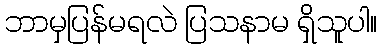
ဘာမှပြန်မရလဲ ပြသနာမ ရှိသူပါ။